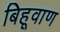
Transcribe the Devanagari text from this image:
बिहूवाण